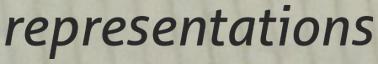
representations